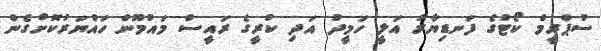
ސުޕްރީމް ކޯޓުގެ ފަނޑިޔާރު އަލީ ހަމީދު އަދި ކުރީގެ ރައީސް މައުމޫން ހައްޔަރުކޮށްގެން